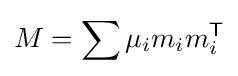
M=\sum \mu _{i}m_{i}m_{i}^{\textsf {T}}